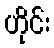
ဟိုင်း